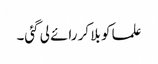
علما کو بلا کر رائے لی گئی۔